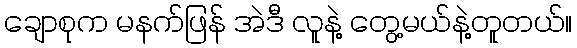
ချောစုက မနက်ဖြန် အဲဒီ လူနဲ့ တွေ့မယ်နဲ့တူတယ်။